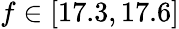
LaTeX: f\in[17.3,17.6]